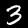
Label: 3